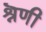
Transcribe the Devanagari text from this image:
श्रॆणी